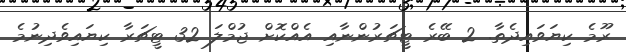
ރޫމެ ކިޔަވައިދެތާ. 2 ބޭރެ ޓީޗަރުންނާއި އެއްކޮށް ޖުމްލަ 32 ޓީޗަރާ ކިޔައިވެދިނުމެ